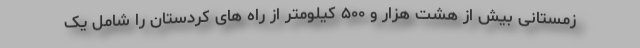
زمستانی بیش از هشت هزار و ۵۰۰ کیلومتر از راه های کردستان را شامل یک